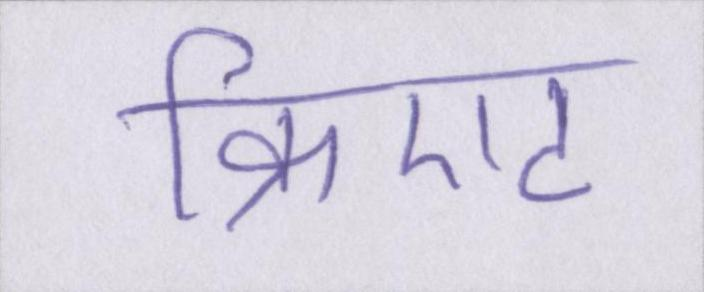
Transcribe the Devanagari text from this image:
क्रिएट